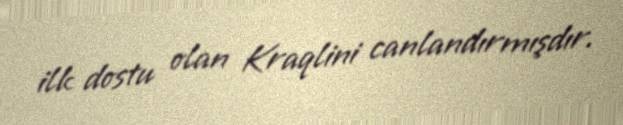
ilk dostu olan Kraqlini canlandırmışdır.